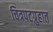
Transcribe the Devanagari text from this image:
चित्रपटग्रुहात